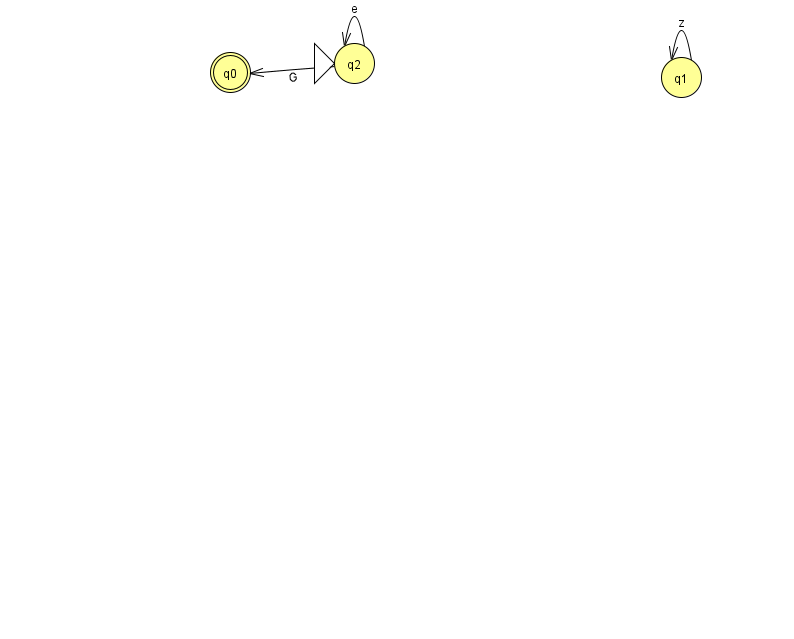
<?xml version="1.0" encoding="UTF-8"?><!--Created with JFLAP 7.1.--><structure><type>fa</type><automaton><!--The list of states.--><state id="0" name="q0"><x>230.0</x><y>59.0</y><final/></state><state id="1" name="q1"><x>681.0</x><y>64.0</y></state><state id="2" name="q2"><x>354.0</x><y>50.0</y><initial/></state><!--The list of transitions.--><transition><from>2</from><to>0</to><read>G</read></transition><transition><from>2</from><to>2</to><read>e</read></transition><transition><from>1</from><to>1</to><read>z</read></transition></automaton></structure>